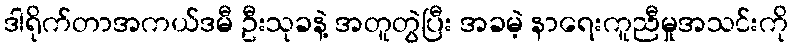
ဒါရိုက်တာအကယ်ဒမီ ဦးသုခနဲ့ အတူတွဲပြီး အခမဲ့ နာရေးကူညီမှုအသင်းကို